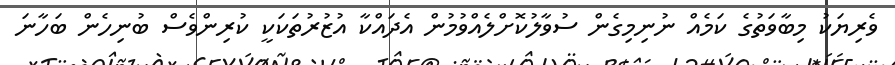
ވެރިޔަކު މިބާވަތުގެ ކަމެއް ނުނިމިގެން ސުވާލުކޮށްލެއްވުމުން އެދައްކާ އުޒުރުތަކަކީ ކުރިންވެސް ބުނިހެން ބަހާނަ